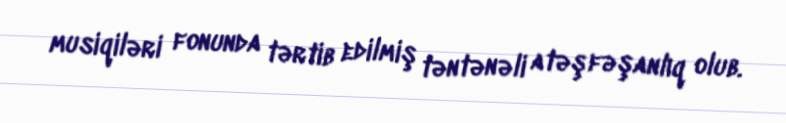
musiqiləri fonunda tərtib edilmiş təntənəli atəşfəşanlıq olub.